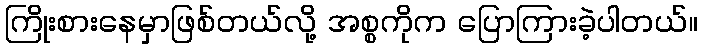
ကြိုးစားနေမှာဖြစ်တယ်လို့ အစ္စကိုက ပြောကြားခဲ့ပါတယ်။